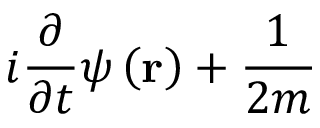
i \frac { \partial } { \partial t } \psi \left( \mathbf { r } \right) + \frac { 1 } { 2 m }